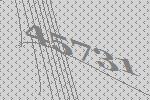
45731